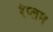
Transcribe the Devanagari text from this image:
रेप्लम